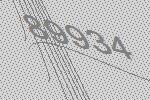
89934